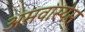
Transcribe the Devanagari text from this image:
अमवास्येस